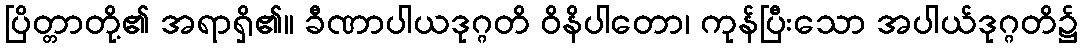
ပြိတ္တာတို့၏ အရာရှိ၏။ ခီဏာပါယဒုဂ္ဂတိ ဝိနိပါတော၊ ကုန်ပြီးသော အပါယ်ဒုဂ္ဂတိ၌